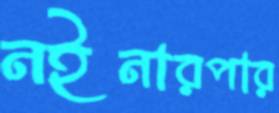
নইনারপার